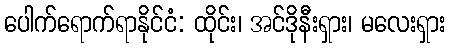
ပေါက်ရောက်ရာနိုင်ငံ: ထိုင်း၊ အင်ဒိုနီးရှား၊ မလေးရှား